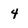
Character: 4